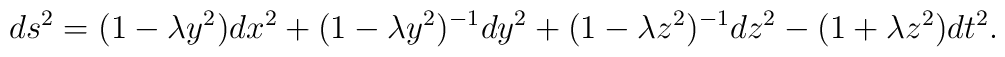
ds^2=(1-\lambda y^2)dx^2+(1-\lambda y^2)^{-1}dy^2+(1-\lambda z^2)^{-1}dz^2-(1+\lambda z^2)dt^2.